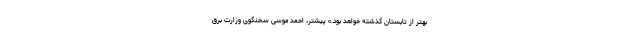
بهتر از تابستان گذشته خواهد بود.» پیشتر، احمد موسی سخنگوی وزارت برق